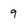
Character: 9